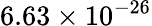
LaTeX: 6.63\times{10^{-26}}